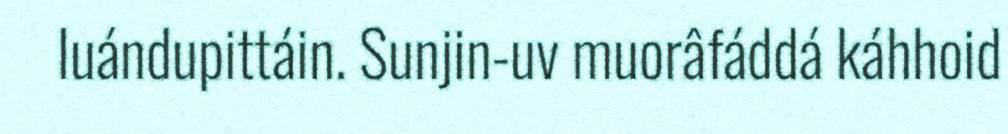
luándupittáin. Sunjin-uv muorâfáddá káhhoid